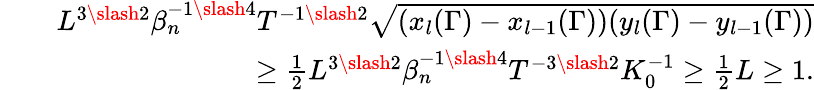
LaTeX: \begin{array}{rlr}&{}&{L^{3\slash 2}\beta_{n}^{-1\slash 4}T^{-1\slash 2}\sqrt{(x_{l}(\Gamma)-x_{l-1}(\Gamma))(y_{l}(\Gamma)-y_{l-1}(\Gamma))}}\\ &{}&{\geq\frac{1}{2}L^{3\slash 2}\beta_{n}^{-1\slash 4}T^{-3\slash 2}K_{0}^{-1}\geq\frac{1}{2}L\geq 1.}\end{array}